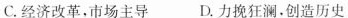
C.经济改革，市场主导D.力挽狂澜。创造历史